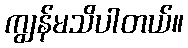
ကျွန်မသိပါတယ်။